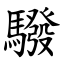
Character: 驋